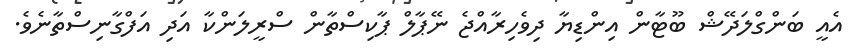
އެއީ ބަންގްލަދޭޝް ބޫޓާން އިންޑިޔާ ދިވެހިރާއްޖެ ނޭޕާލް ޕާކިސްތާން ސްރީލަންކާ އަދި އަފްގާނިސްތާނެވެ.